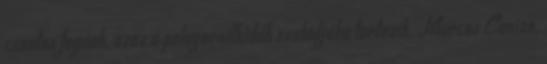
csontos fogúak, azaz a pelagornithidák családjába tartozik. Marcos Cenizo,